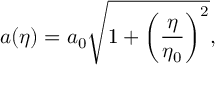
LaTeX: a ( \eta ) = a _ { 0 } \sqrt { 1 + \left( { \frac { \eta } { \eta _ { 0 } } } \right) ^ { 2 } } ,